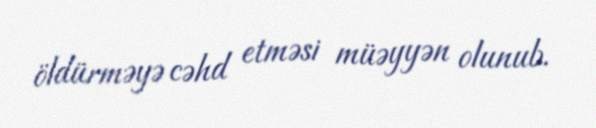
öldürməyə cəhd etməsi müəyyən olunub.